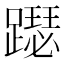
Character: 𨆙